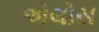
એલોસ